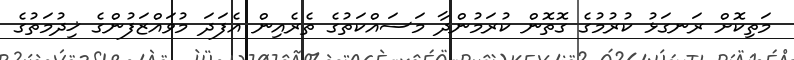
މަތިކޮށް ރަނގަޅު ކުރުމުގެ ގޮތޮން ކުރަމުންދާ މަސައްކަތުގެ ތެރެއިން އެފަދަ މުވައްޒަފުންގެ ޚިދުމަތުގެ